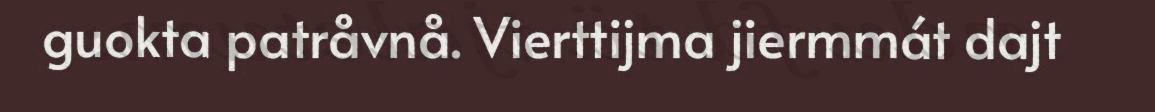
guokta patråvnå. Vierttijma jiermmát dajt